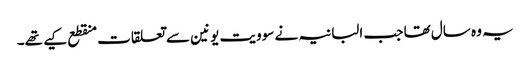
یہ وہ سال تھا جب البانیہ نے سوویت یونین سے تعلقات منقطع کیے تھے۔